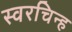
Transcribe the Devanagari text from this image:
स्वरचिन्ह